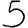
Digit: 5